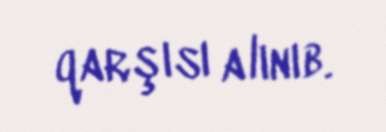
qarşısı alınıb.